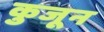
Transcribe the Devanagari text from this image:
कुजून